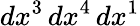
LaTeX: dx^{3}\, dx^{4}\, dx^{1}